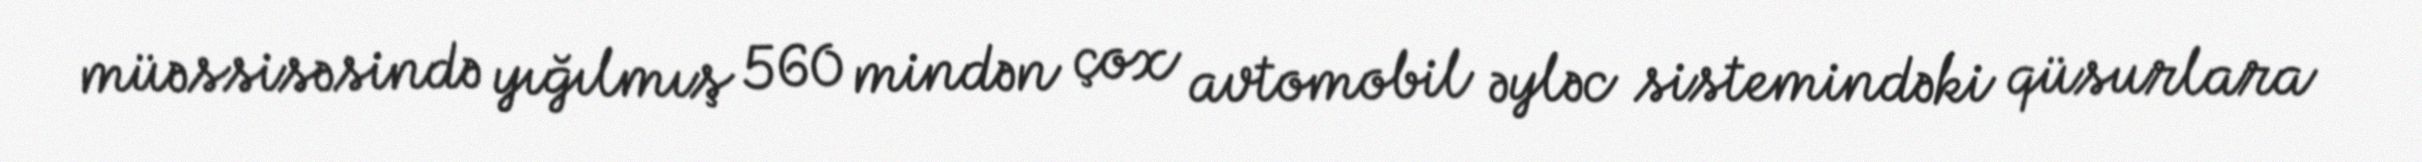
müəssisəsində yığılmış 560 mindən çox avtomobil əyləc sistemindəki qüsurlara